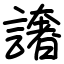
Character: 譇